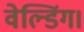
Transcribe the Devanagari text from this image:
वेल्डिंग।